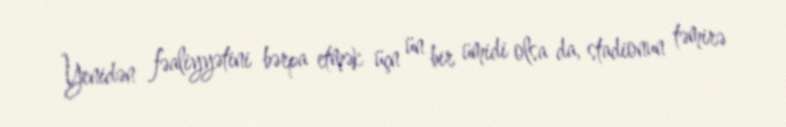
Yenidən fəaliyyətini bərpa etmək üçn ün bir ümidi olsa da, stadionun təmirə